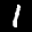
Label: 1